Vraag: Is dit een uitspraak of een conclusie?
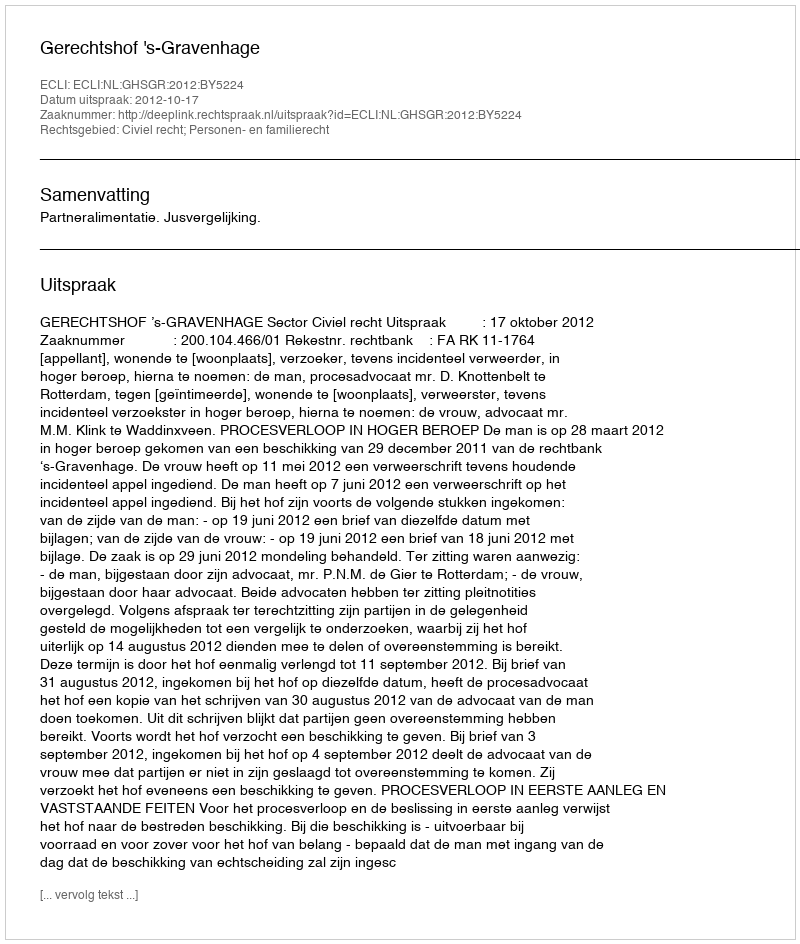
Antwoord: Uitspraak